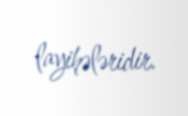
layihələridir.